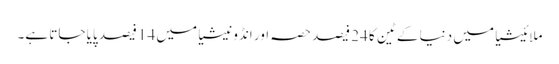
ملائیشیا میں دنیا کے ٹین کا 24 فیصد حصہ اور انڈونیشیا میں 14 فیصد پایا جاتا ہے۔